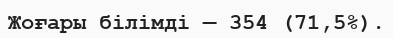
Жоғары білімді — 354 (71,5%).